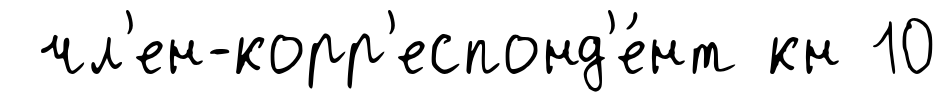
чл'ен-корр'еспонд'е́нт кн 10